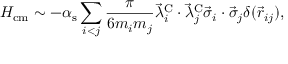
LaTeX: H _ { \mathrm { c m } } \sim - \alpha _ { \mathrm { s } } \sum _ { i < j } \frac { \pi } { 6 m _ { i } m _ { j } } \vec { \lambda } _ { i } ^ { \mathrm { C } } \cdot \vec { \lambda } _ { j } ^ { \mathrm { C } } \vec { \sigma } _ { i } \cdot \vec { \sigma } _ { j } \delta ( \vec { r } _ { i j } ) ,